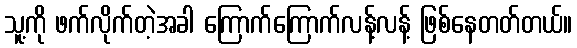
သူ့ကို ဖက်လိုက်တဲ့အခါ ကြောက်ကြောက်လန့်လန့် ဖြစ်နေတတ်တယ်။